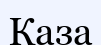
Каза